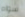
سواه